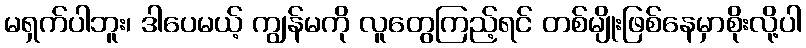
မရှက်ပါဘူး၊ ဒါပေမယ့် ကျွန်မကို လူတွေကြည့်ရင် တစ်မျိုးဖြစ်နေမှာစိုးလို့ပါ